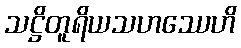
သဋ္ဌိတူရိယသဟဿေဟိ